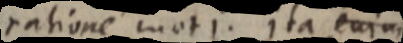
ratione moti. ita eujus